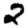
Digit: 2